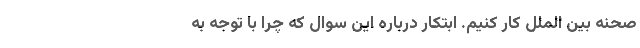
صحنه بین الملل کار کنیم. ابتکار درباره این سوال که چرا با توجه به